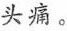
头痛。